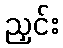
ညှင်း